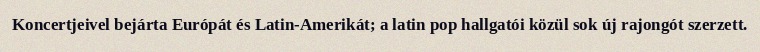
Koncertjeivel bejárta Európát és Latin-Amerikát; a latin pop hallgatói közül sok új rajongót szerzett.